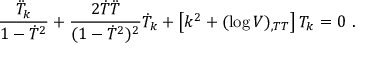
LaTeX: \frac { \ddot { T } _ { k } } { 1 - \dot { T } ^ { 2 } } + \frac { 2 \dot { T } \ddot { T } } { ( 1 - \dot { T } ^ { 2 } ) ^ { 2 } } \dot { T } _ { k } + \left[ k ^ { 2 } + ( \log V ) _ { , T T } \right] T _ { k } = 0 \ .